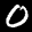
Label: 0